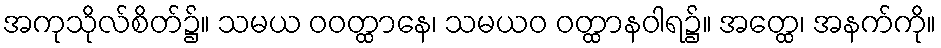
အကုသိုလ်စိတ်၌။ သမယ ဝဝတ္ထာနေ၊ သမယဝ ဝတ္ထာနဝါရ၌။ အတ္ထေ၊ အနက်ကို။